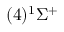
( 4 ) ^ { 1 } \Sigma ^ { + }